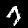
Label: 7